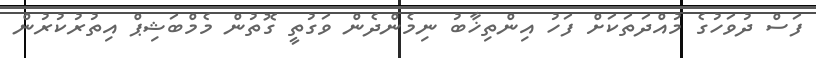
ފަސް ދުވަހުގެ މުއްދަތަކަށް ފަހު އިންތިޚާބު ނިމެންދެން ވަގުތީ ގޮތުން މެމްބަޝިޕް އިތުރުކުރުން